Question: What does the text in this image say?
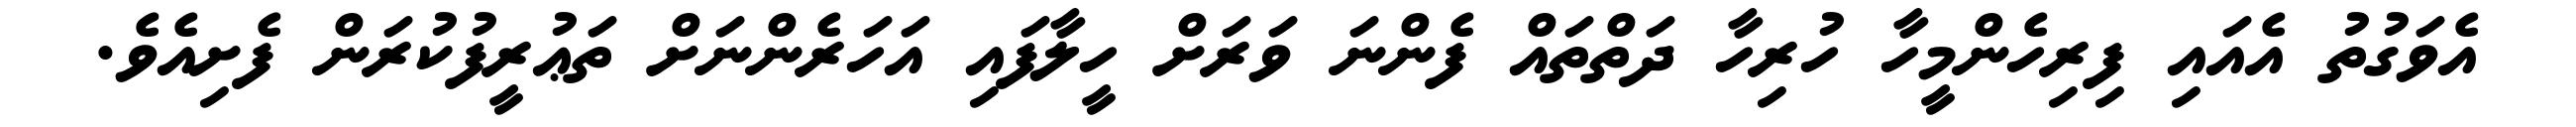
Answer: އެވަގުތު އެއައި ފިރިހެންމީހާ ހުރިހާ ދަތްތައް ފެންނަ ވަރަށް ހީލާފައި އަހަރެންނަށް ތަޢުރީފުކުރަން ފެށިއެވެ.